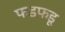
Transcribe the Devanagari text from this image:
फडफडू